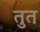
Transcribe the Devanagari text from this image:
तुत